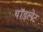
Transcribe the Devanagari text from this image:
पॉडलेट